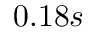
0 . 1 8 s